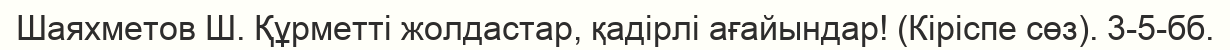
Шаяхметов Ш. Құрметті жолдастар, қадірлі ағайындар! (Кіріспе сөз). 3-5-бб.